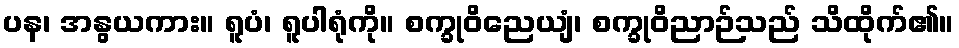
ပန၊ အနွယကား။ ရူပံ၊ ရူပါရုံကို။ စက္ခုဝိညေယျံ၊ စက္ခုဝိညာဉ်သည် သိထိုက်၏။